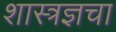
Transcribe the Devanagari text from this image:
शास्त्रज्ञचा